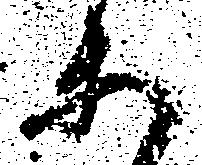
等